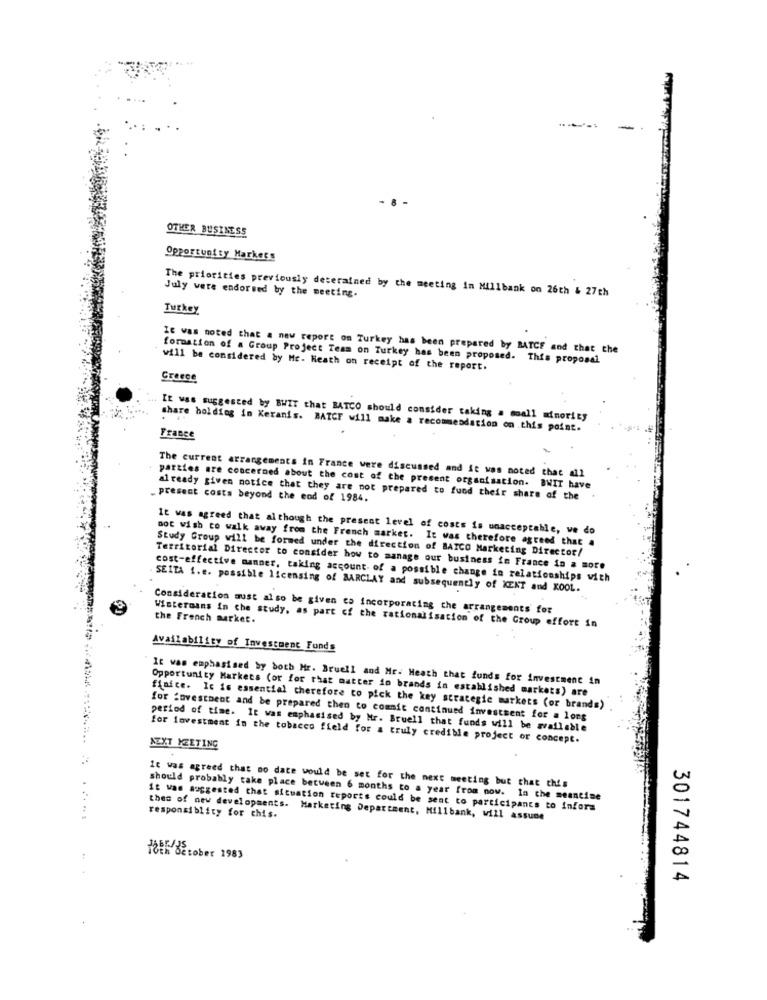
OTHER BUSINESS
Opportunity Markers
The priorities previously deterained by the meeting in Millbank on 26th & 27ch
July were endorsed by the meeting.
Turkey
It was noted that a new report on Turkey has been prepared by BATCE and that che
formation of a Group Project Team on Turkey has been proposed. This proposal
will be considered by Mc. Heath on receipt of the report.
Greece
It was suggested by BWIT that BATCO should consider taking a small minority
share holding in Keranis. MATCF will make a recommendation on this point.
France
The current arrangements in France were discussed and it was noted that all
parties are concerned about the cost of the present organisation. BWIT have
present costs beyond the end of 1984.
already given notice that they are not prepared to fuod their share of the
It was agreed that although the present level of costs is unacceptable, we do
not wish co walk away from the French market. It was therefore agreed that a
Study Group will be formed under the direction of BAICO Marketing Director/
Territorial Director to consider how to manage our business in France in a more
cost-effective manner. taking account of a possible change in relationships with
SEITA i.e. possible licensing of BARCLAY and subsequently of KENT and KOOL.
Consideration must also be given ca incorporating the arrangements for
the French market.
Wisternans in the study, as part of the rationalisation of the Group effort in
Availability of Investment Funds
It was emphasised by both Mr. Bruell and Mr. Heath that funds for investment in
Opportunity Markets (or for that matter in brands in established markets) are
finice. It is essential therefore to pick the key strategic markets (or brands)
for fuvestbent and be prepared then to commit continued investment for a long
period of time. It was emphasised by Mr. Bruell that funds will be available
for investment in the tobacco field for a truly credible project or concept.
NEXT MEETING
It was agreed that no date would be set for the next meeting but that this
should probably take place between 6 months to a year from now. In the meantime
it was suggested that situation reports could be sent to participants to inform
.....
thes of new developments. Marketing Department, Millbank, will assume
responsiblity for chis.
Hoth BEtober 1983
301744814